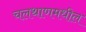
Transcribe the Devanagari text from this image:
चलथाणमधील